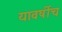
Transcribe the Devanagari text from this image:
यावर्षीच